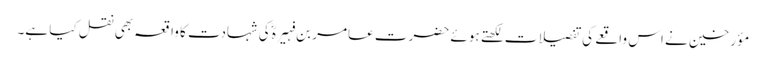
مؤرخین نے اس واقعے کی تفصیلات لکھتے ہوئے حضرت عامر بن فہیرہؓ کی شہادت کا واقعہ بھی نقل کیا ہے۔